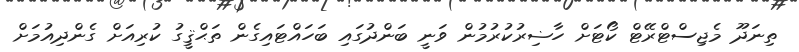
ތިނަދޫ މެޖިސްޓްރޭޓް ކޯޓަށް ހާޟިރުކުރުމުން ވަނީ ބަންދުގައި ބަހައްޓައިގެން ތަޙްޤީގު ކުރިއަށް ގެންދިއުމަށް